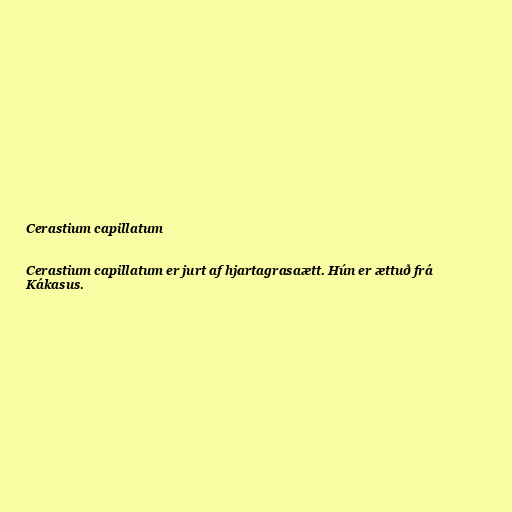
Cerastium capillatum

Cerastium capillatum er jurt af hjartagrasaætt. Hún er ættuð frá
Kákasus.